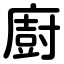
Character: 廚